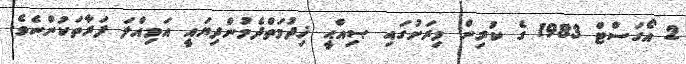
2 އޯގަސްޓް 1983 ގެ ކުރިން މިރަށުގައި ޞިއްޙީ ޚިދުމަތްދެމުންދިޔައީ އަމިއްލަ ފަރާތަކުންނެވެ.